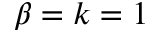
\beta = k = 1